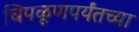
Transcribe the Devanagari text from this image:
चिपळूणपर्यंतच्या